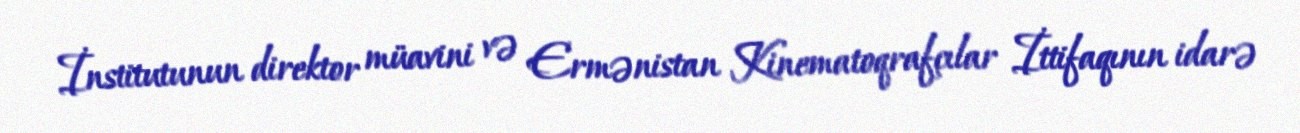
İnstitutunun direktor müavini və Ermənistan Kinematoqrafçılar İttifaqının idarə